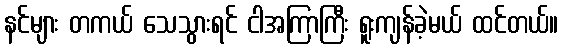
နင်များ တကယ် သေသွားရင် ငါအကြာကြီး ရူးကျန်ခဲ့မယ် ထင်တယ်။